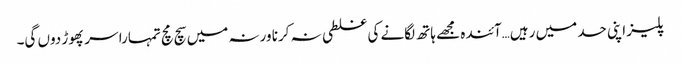
پلیز اپنی حد میں رہیں…آئندہ مجھے ہاتھ لگانے کی غلطی نہ کرنا ورنہ میں سچ مچ تمہارا سر پھوڑ دوں گی۔